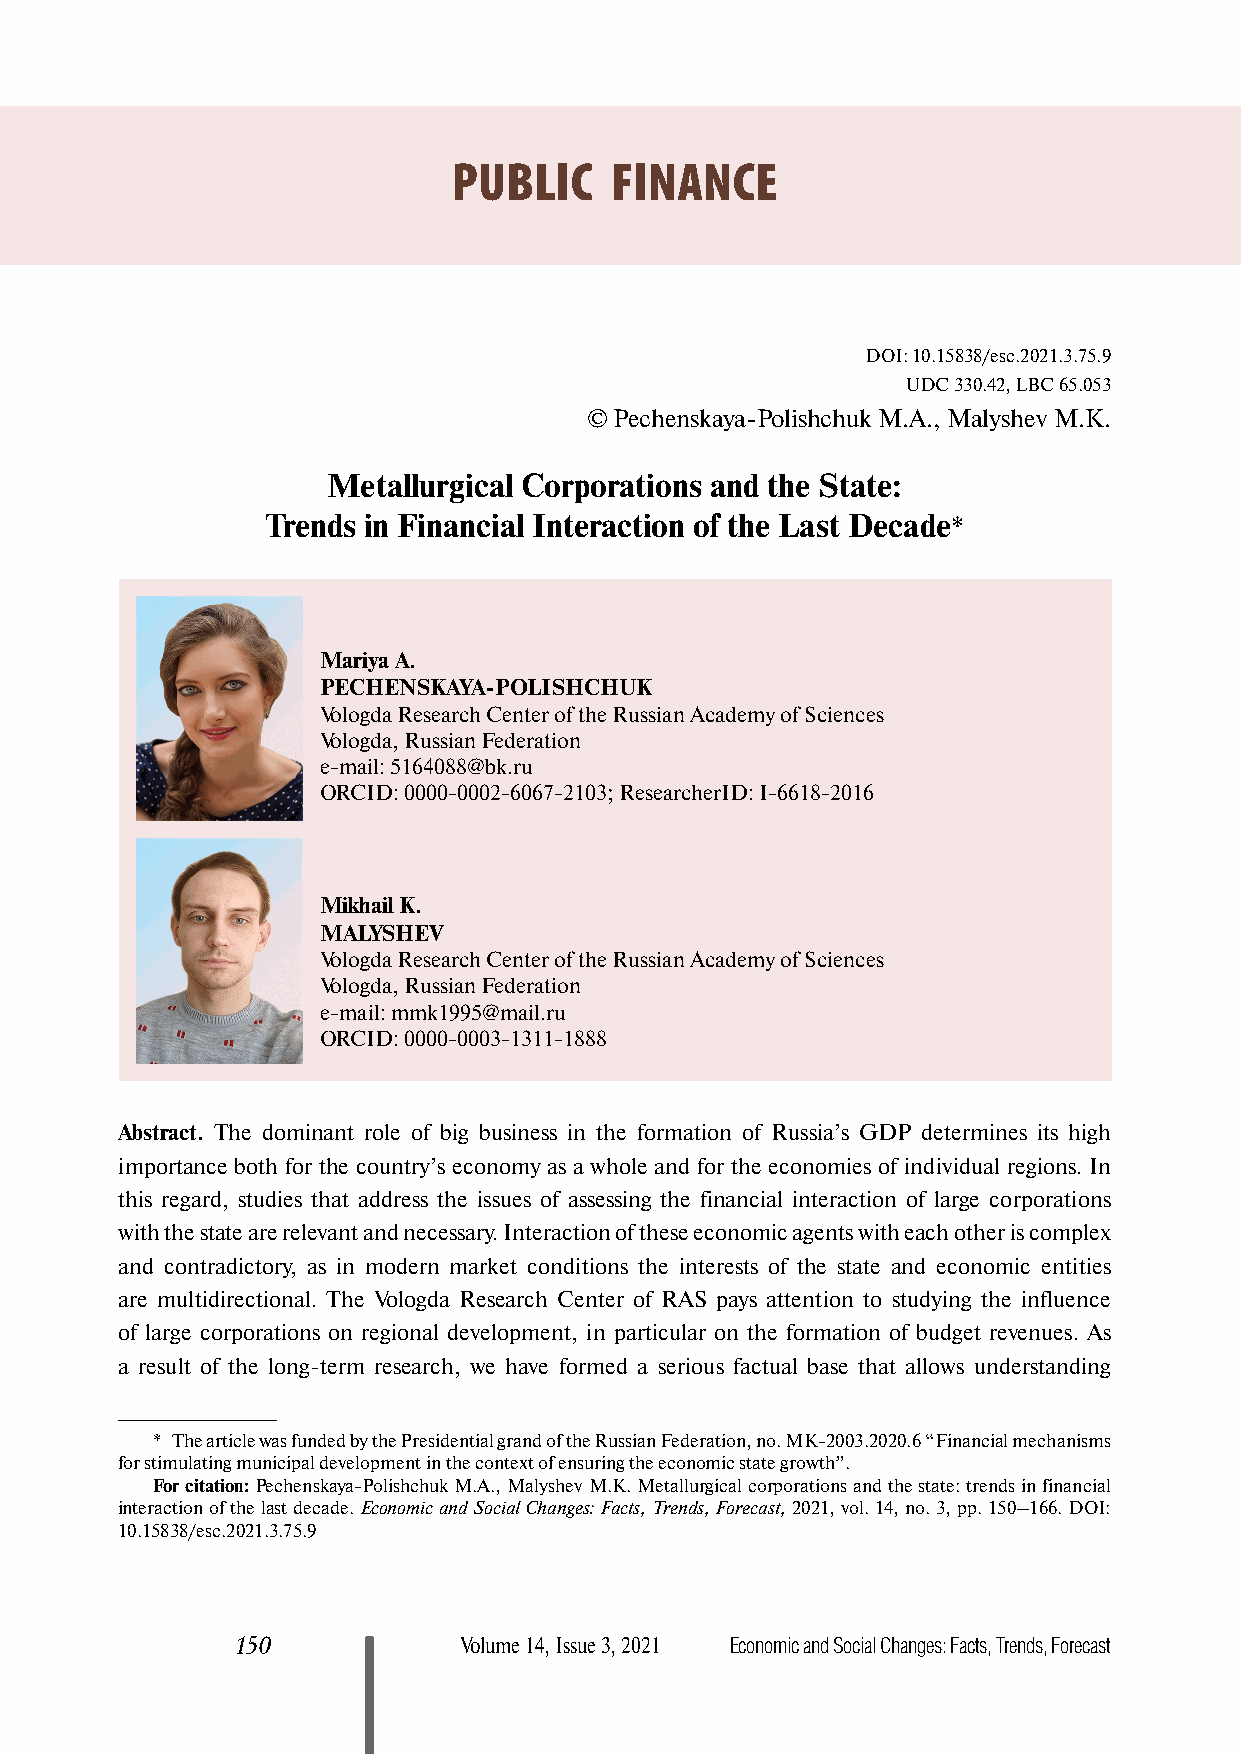
PUBLIC    FINANCE
 DOI: 10.15838/esc.2021.3.75.9
 UDC 330.42, LBC 65.053
 © Pechenskaya-Polishchuk М.А., Malyshev М.К.
 Metallurgical Corporations and the State:
 Trends in Financial Interaction of the Last Decade*
 Mariya A.
 PECHENSKAYA-POLISHCHUK
 Vologda Research Center of the Russian Academy of Sciences
 Vologda, Russian Federation
 e-mail: 5164088@bk.ru
 ORCID: 0000-0002-6067-2103; ResearcherID: I-6618-2016
 Mikhail K.
 MALYSHEV
 Vologda Research Center of the Russian Academy of Sciences
 Vologda, Russian Federation
 e-mail: mmk1995@mail.ru
 ORCID: 0000-0003-1311-1888
 Abstract. The dominant role of big business in the formation of Russia’s GDP determines its high
 importance both for the country’s economy as a whole and for the economies of individual regions. In
 this regard, studies that address the issues of assessing the financial interaction of large corporations
 with the state are relevant and necessary. Interaction of these economic agents with each other is complex
 and contradictory, as in modern market conditions the interests of the state and economic entities
 are multidirectional. The Vologda Research Center of RAS pays attention to studying the influence
 of large corporations on regional development, in particular on the formation of budget revenues. As
 a result of the long-term research, we have formed a serious factual base that allows understanding
 * The article was funded by the Presidential grand of the Russian Federation, no. MK-2003.2020.6 “Financial mechanisms
 for stimulating municipal development in the context of ensuring the economic state growth”.
 For citation: Pechenskaya-Polishchuk М.А., Malyshev М.К. Metallurgical corporations and the state: trends in financial
 interaction of the last decade. Economic and Social Changes: Facts, Trends, Forecast, 2021, vol. 14, no. 3, pp. 150–166. DOI:
 10.15838/esc.2021.3.75.9
 150           Volume 14, Issue 3, 2021 Economic and Social Changes: Facts, Trends, Forecast